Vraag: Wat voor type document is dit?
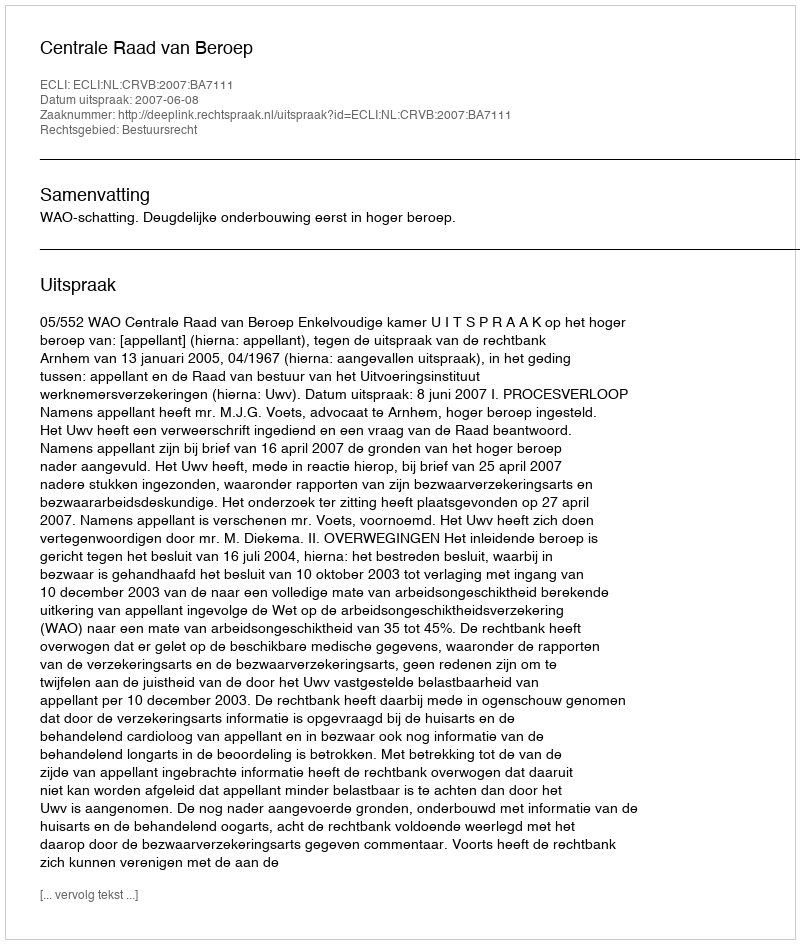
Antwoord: Uitspraak